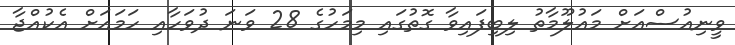
ވީނިއުސްއަށް މައުލޫމާތު ލިބިފައިވާ ގޮތުގައި މިމަހުގެ 28 ވަނަ ދުވަހާއި ހަމައަށް އެކުއްޖާ